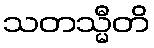
သတသ္မီတိ